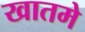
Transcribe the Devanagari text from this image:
खातमे